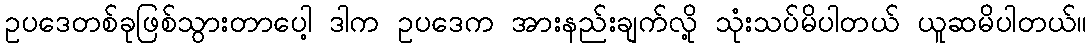
ဥပဒေတစ်ခုဖြစ်သွားတာပေါ့ ဒါက ဥပဒေက အားနည်းချက်လို့ သုံးသပ်မိပါတယ် ယူဆမိပါတယ်။